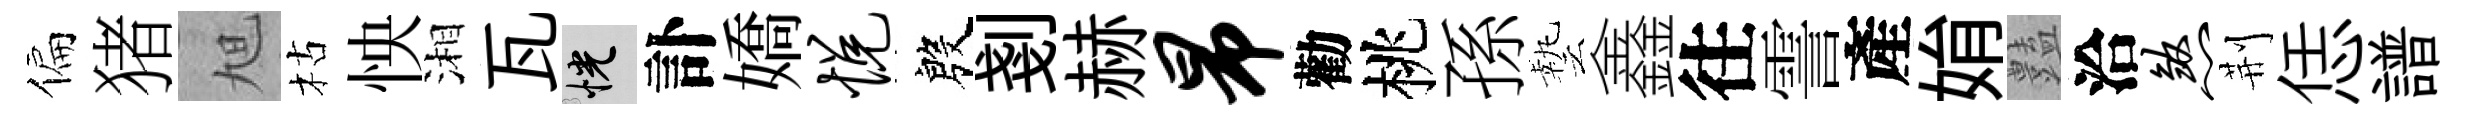
偏猪旭枯怏湘瓦恍訃嬌悦殷剗赫昂勸桃孫藝鑫往霅產姢𧰟洽煞荆恁譜